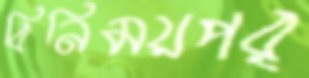
বিনিময়পর্